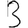
Digit: 3